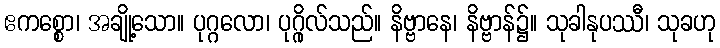
ဧကစ္စော၊ အချို့သော။ ပုဂ္ဂလော၊ ပုဂ္ဂိုလ်သည်။ နိဗ္ဗာနေ၊ နိဗ္ဗာန်၌။ သုခါနုပဿီ၊ သုခဟု